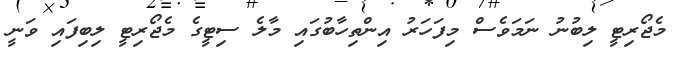
މެޖޯރިޓީ ލިބުނު ނަމަވެސް މިފަހަރު އިންތިހާބުގައި މާލެ ސިޓީގެ މެޖޯރިޓީ ލިބިފައި ވަނީ